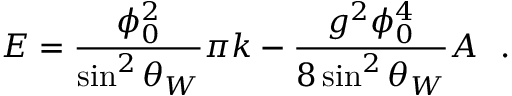
E = \frac { \phi _ { 0 } ^ { 2 } } { \sin ^ { 2 } \theta _ { W } } \pi k - \frac { g ^ { 2 } \phi _ { 0 } ^ { 4 } } { 8 \sin ^ { 2 } \theta _ { W } } A ~ ~ .